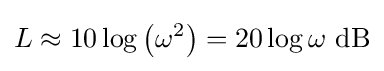
L\approx 10\log \left(\omega ^{2}\right)=20\log \omega \ \mathrm {dB}